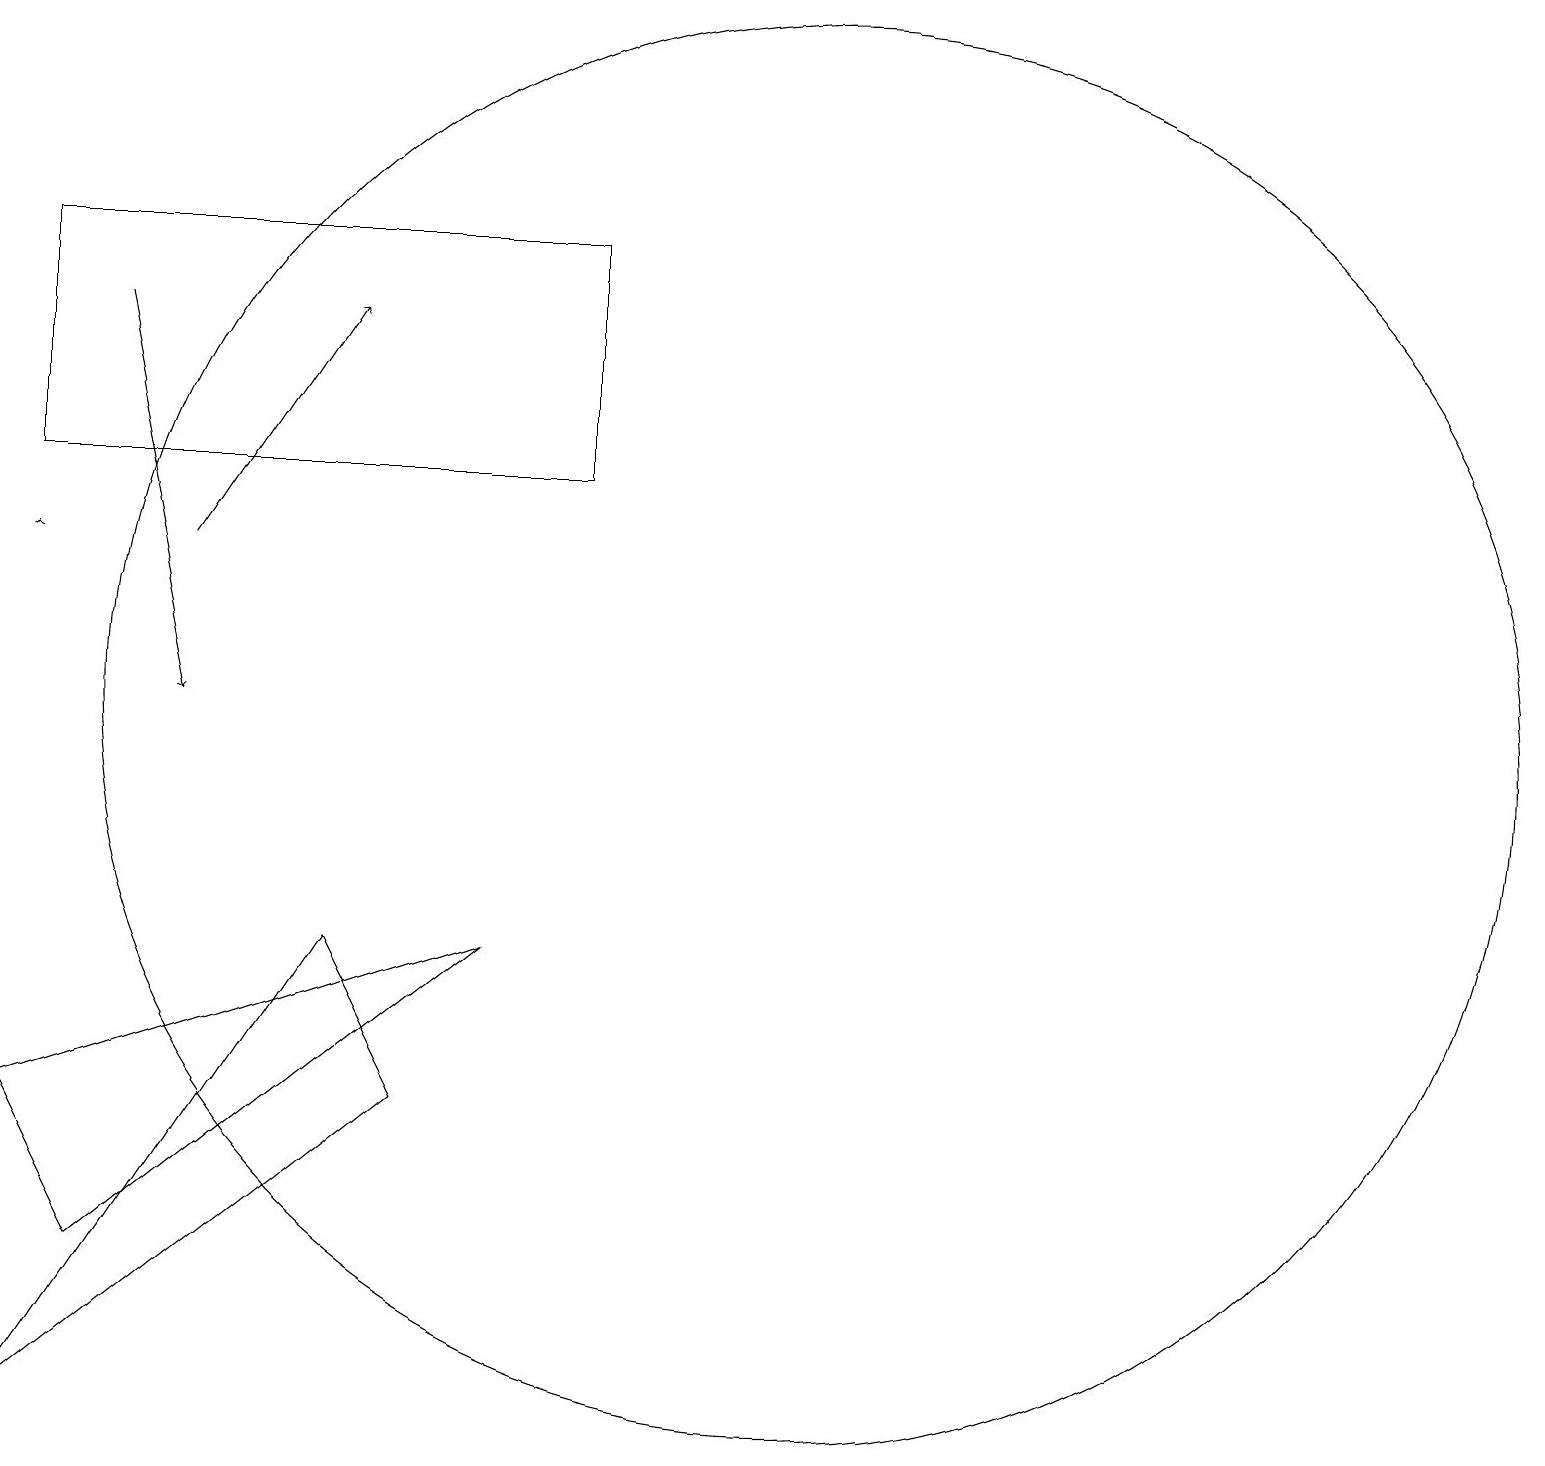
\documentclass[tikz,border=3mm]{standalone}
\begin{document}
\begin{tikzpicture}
\draw[->] (3,17) -- (4,12);
\draw (9,18) rectangle (2,15);
\draw (12,12) circle (9);
\draw[->] (4,14) -- (6,17);
\draw (2,3) -- (6,9) -- (7,7) -- cycle;
\draw[->] (2,14) -- (2,14);
\draw (8,9) -- (2,7) -- (3,5) -- cycle;
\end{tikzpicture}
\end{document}